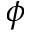
\phi